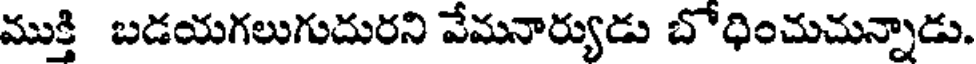
ముక్తి బడయగలుగుదురని వేమనార్యుడు బొధించుచున్నాడు.